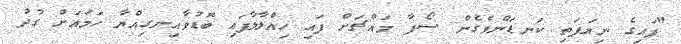
"ފައިގެ ނިޔަފަތި ކަނޑަންވެގެން ސޯފާ މައްޗަށް ފައި ހިއްލާލާފައި ބޮޑުވާއިނގިއްޔާ ހަމައަށް ގުދު